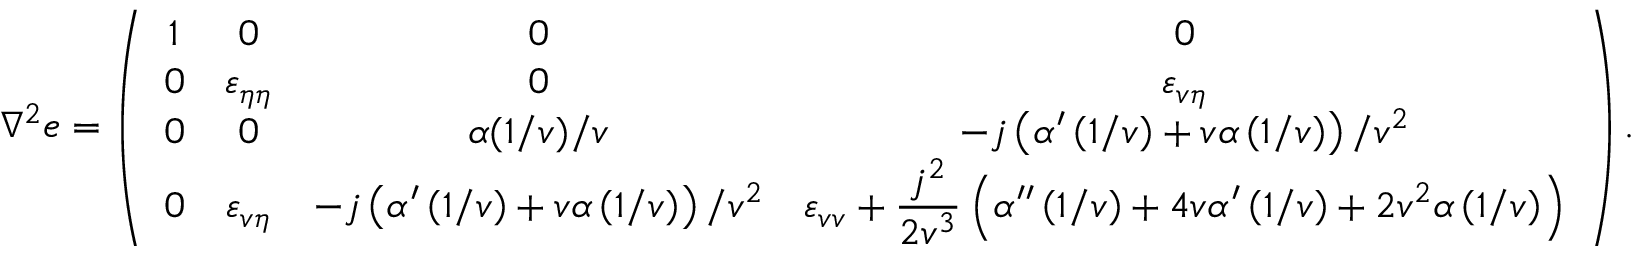
\everymath { \displaystyle } \nabla ^ { 2 } e = \left( \begin{array} { c c c c } { 1 } & { 0 } & { 0 } & { 0 } \\ { 0 } & { \varepsilon _ { \eta \eta } } & { 0 } & { \varepsilon _ { v \eta } } \\ { 0 } & { 0 } & { \alpha ( 1 / v ) / v } & { - j \left( \alpha ^ { \prime } \left( 1 / v \right) + v \alpha \left( 1 / v \right) \right) / v ^ { 2 } } \\ { 0 } & { \varepsilon _ { v \eta } } & { - j \left( \alpha ^ { \prime } \left( 1 / v \right) + v \alpha \left( 1 / v \right) \right) / v ^ { 2 } } & { \varepsilon _ { v v } + \frac { j ^ { 2 } } { 2 v ^ { 3 } } \left( \alpha ^ { \prime \prime } \left( 1 / v \right) + 4 v \alpha ^ { \prime } \left( 1 / v \right) + 2 v ^ { 2 } \alpha \left( 1 / v \right) \right) } \end{array} \right) .